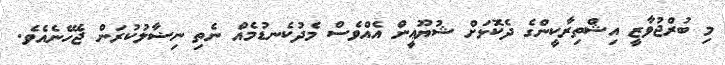
މި ބުރްޖުވާޒީ އިޝްތިރާކީންގެ ދެކޮޅަށް ޝުޔޫޢީން އެއްވެސް މެދުކެނޑުމެއް ނެތި ނިޟާލުކުރަން ޖެހޭނެއެވެ.